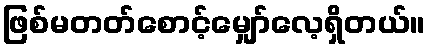
ဖြစ်မတတ်စောင့်မျှော်လေ့ရှိတယ်။